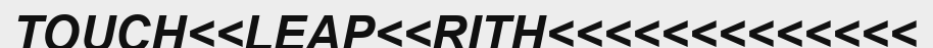
TOUCH<<LEAP<<RITH<<<<<<<<<<<<<